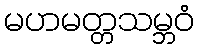
မဟမတ္တသမ္ဘဝံ